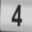
Digit: 4